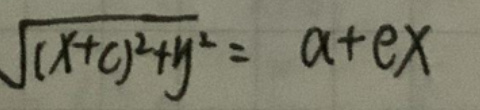
\(\sqrt{(x + c)^2 + y^2} = a + ex\)